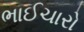
ભાઈચારો